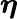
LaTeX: \boldsymbol{\eta}